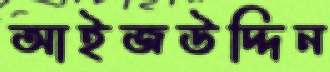
আইজউদ্দিন